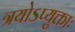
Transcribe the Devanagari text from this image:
त्रयोऽप्युक्ताः